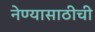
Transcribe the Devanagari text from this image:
नेण्यासाठीची